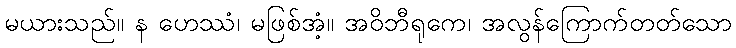
မယားသည်။ န ဟေဿံ၊ မဖြစ်အံ့။ အဝိဘီရုကေ၊ အလွန်ကြောက်တတ်သော